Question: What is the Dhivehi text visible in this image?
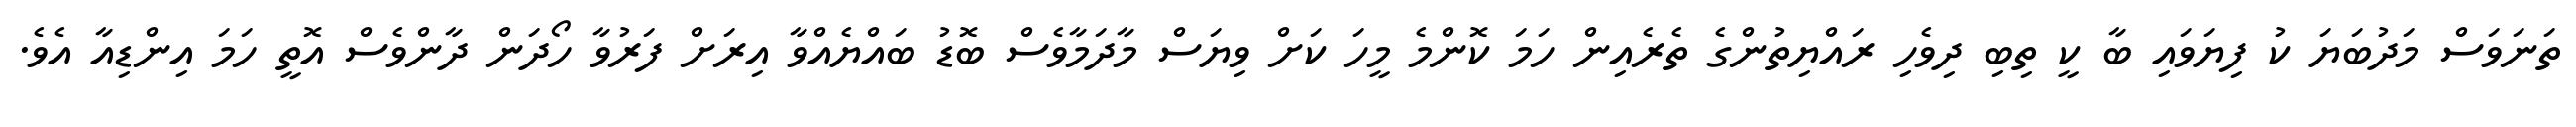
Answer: ތަނަވަސް މަދުބަޔަ ކު ފިޔަވައި ބާ ކީ ތިބި ދިވެހި ރައްޔިތުންގެ ތެރެއިން ހަމަ ކޮންމެ މީހަ ކަށް ވިޔަސް މާދަމާވެސް ބޮޑު ބައްޔެއްވާ އިރަށް ފަރުވާ ހޯދަން ދާންވެސް އޮތީ ހަމަ އިންޑިއާ އެވެ.